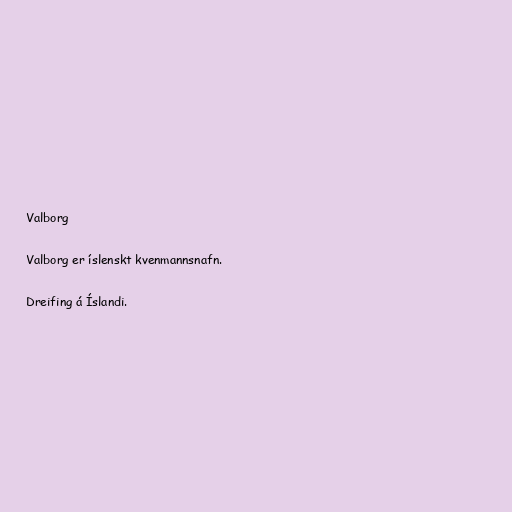
Valborg

Valborg er íslenskt kvenmannsnafn.

Dreifing á Íslandi.